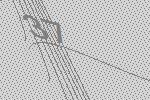
37